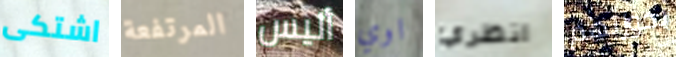
اشتكى المرتفعة أليس اوي انظري بحوزتهم